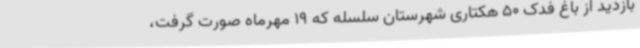
بازدید از باغ فدک 50 هکتاری شهرستان سلسله که 19 مهرماه صورت گرفت،